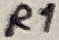
Text: R1